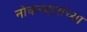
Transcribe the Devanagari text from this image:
नोकरदारांच्या